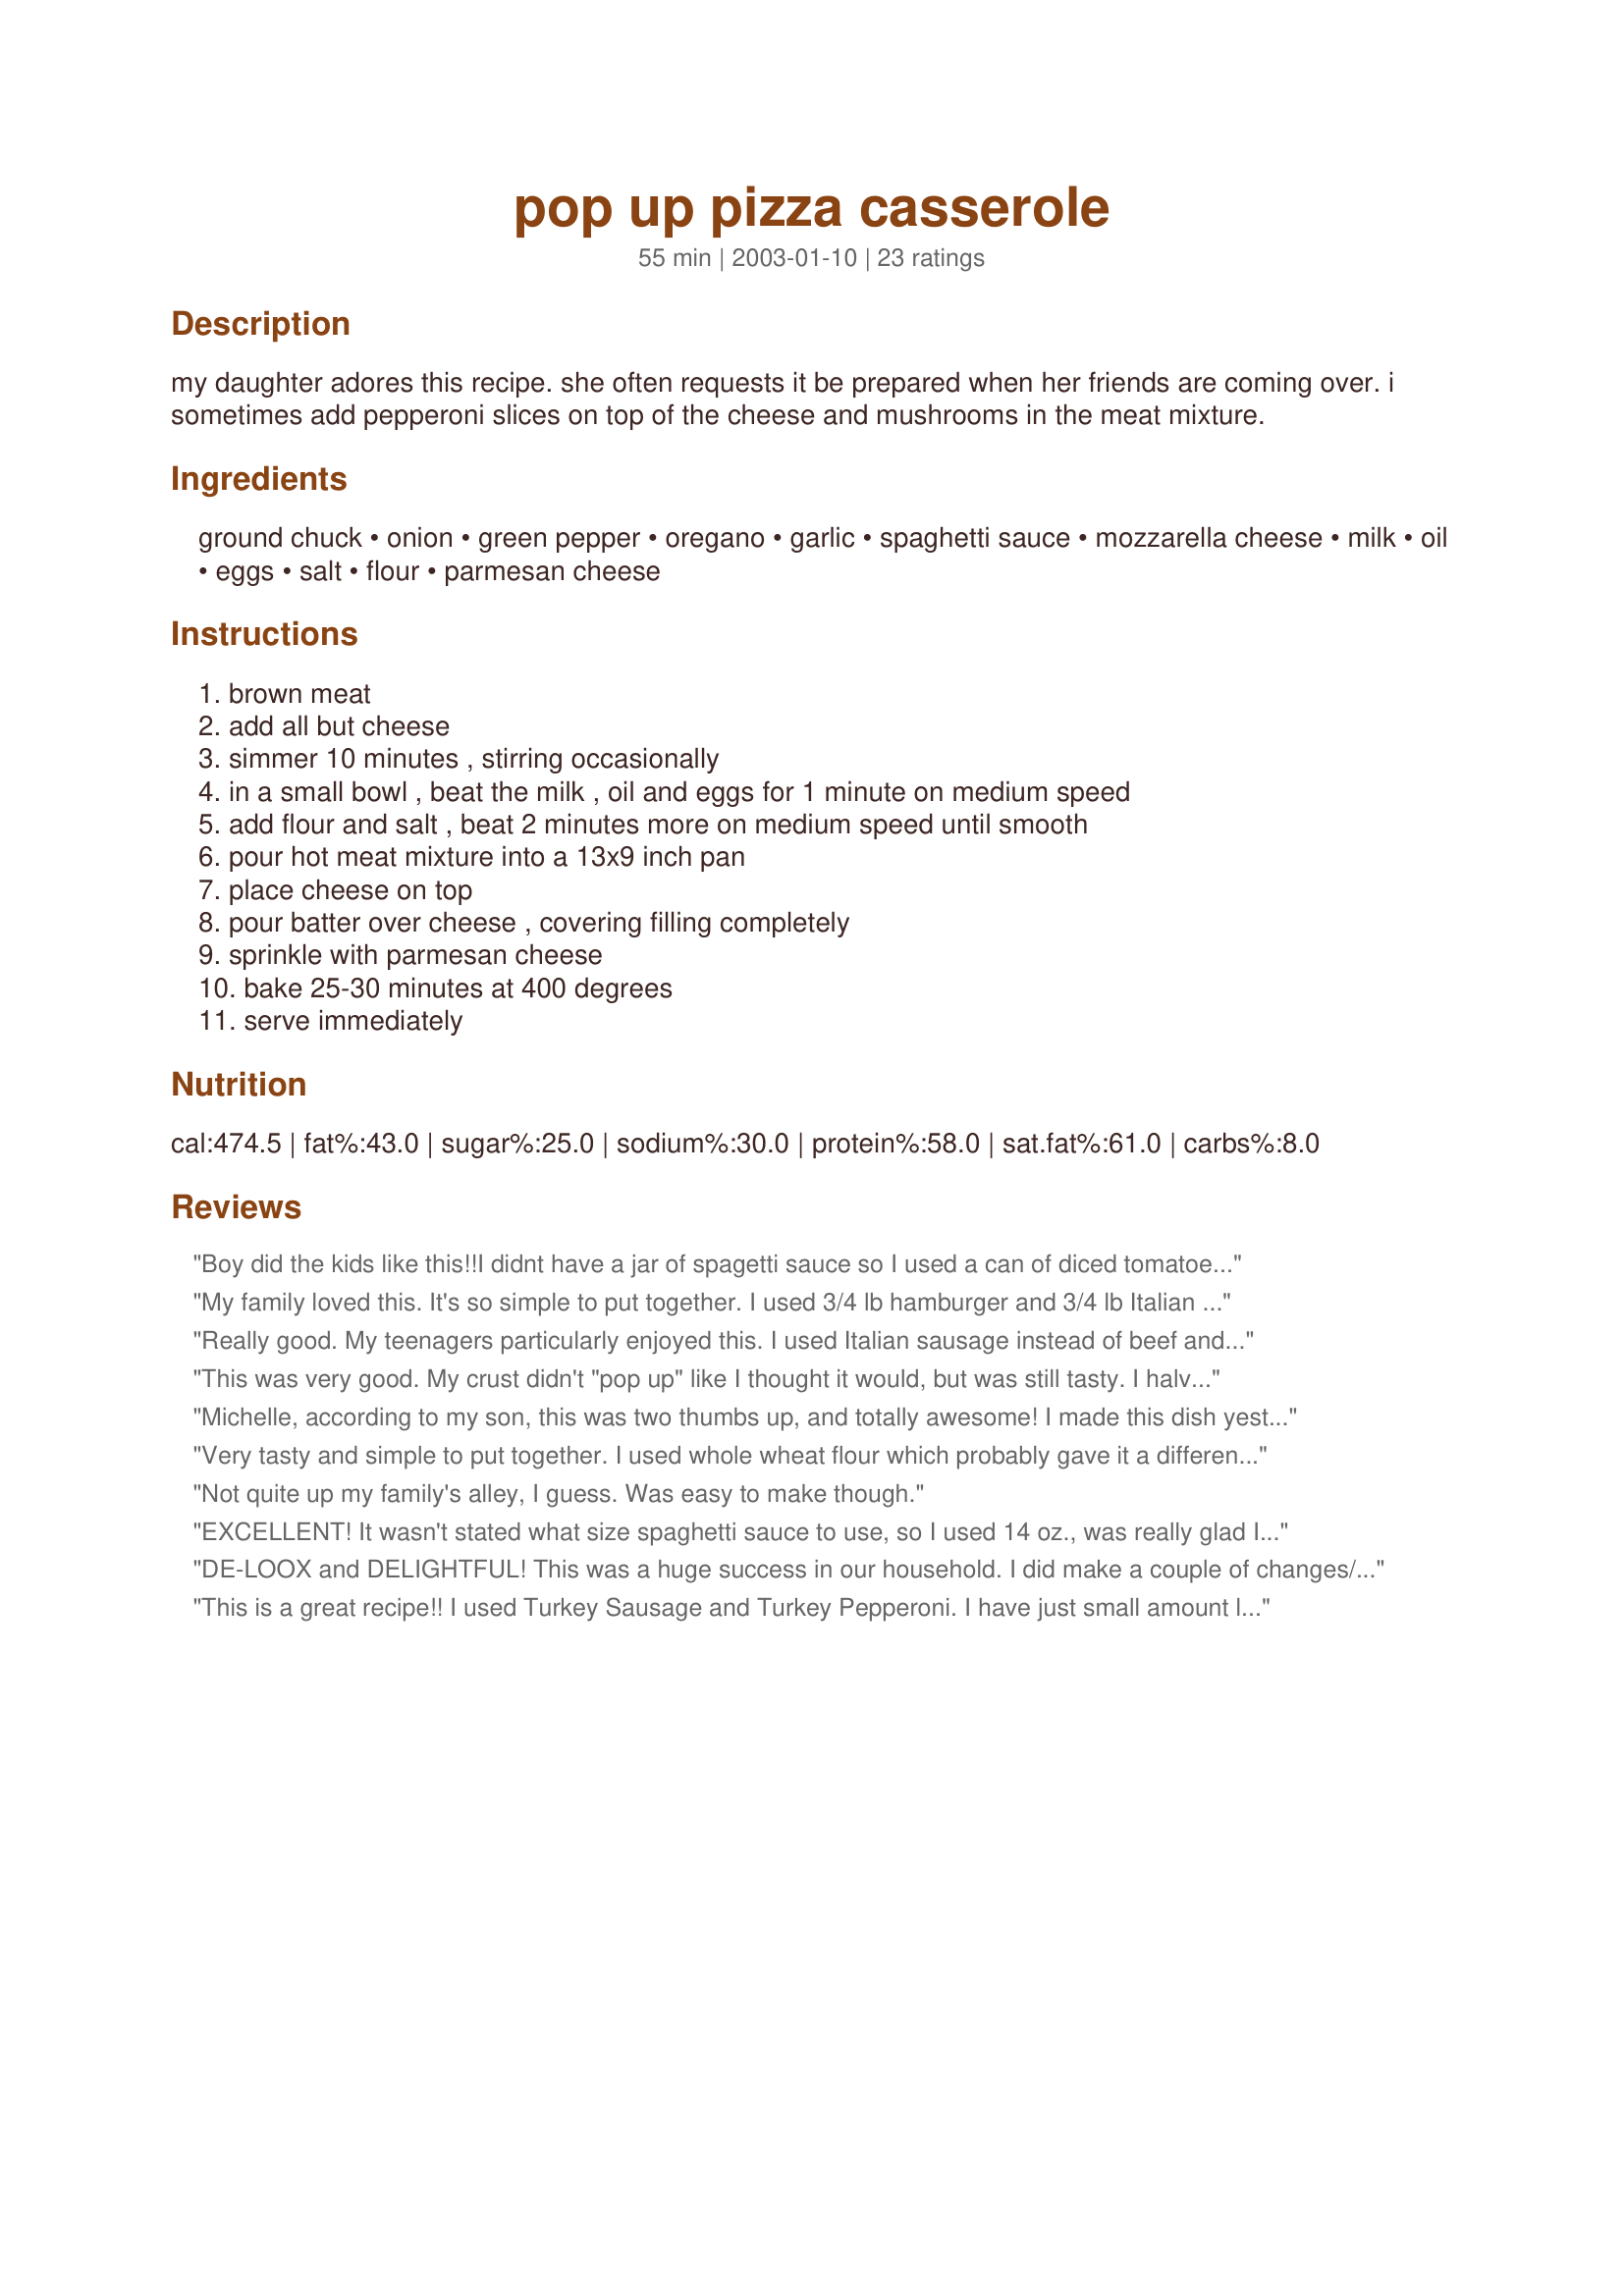
pop up pizza casserole
Preparation time: 55 minutes

my daughter adores this recipe. she often requests it be prepared when her friends are coming over. i sometimes add pepperoni slices on top of the cheese and mushrooms in the meat mixture.

Ingredients:
ground chuck, onion, green pepper, oregano, garlic, spaghetti sauce, mozzarella cheese, milk, oil, eggs, salt, flour, parmesan cheese

Steps:
brown meat, add all but cheese, simmer 10 minutes , stirring occasionally, in a small bowl , beat the milk , oil and eggs for 1 minute on medium speed, add flour and salt , beat 2 minutes more on medium speed until smooth, pour hot meat mixture into a 13x9 inch pan, place cheese on top, pour batter over cheese , covering filling completely, sprinkle with parmesan cheese, bake 25-30 minutes at 400 degrees, serve immediately

Reviews:
Boy did the kids like this!!I didnt have a jar of spagetti sauce so I used a can of diced tomatoes and a 2 small jars of tomato sauce and just a little pizza spice.This was a satisfying meal that will be had again!Thanks Michelle!
My family loved this. It's so simple to put together. I used 3/4 lb hamburger and 3/4 lb Italian sausage putting pepperoni on top of the batter, then sprinkled with parmesan. Next time I will add mushrooms, green peppers. Makes a very tasty meal. A definate crowd pleaser. Thanks for a terrific reciepe!
Really good. My teenagers particularly enjoyed this. I used Italian sausage instead of beef and added a little pepperoni I had. The topping is excellent.
This was very good. My crust didn't "pop up" like I thought it would, but was still tasty. I halved the recipe and baked it in a square dish. My usually 2 picky kids each ate one serving and said it was "OK", but I (the chef) thought it was better, especially knowing how easy it was to put together.
Michelle, according to my son, this was two thumbs up, and totally awesome! I made this dish yesterday for my son to take home with him. I used half ground beef and half ground veal, added some mushroom and way more garlic than called for, also a couple of tablespoons of grated Parmesan cheese. I added some hot pepper sauce to the ground beef mixture also. For the popover batter I added 1/2 tsp cayenne pepper, and made it with half and half cream instead of milk. This is a great casserole and very versatile. I'll be making this again. Thanks for sharing....Kittencal:)
Very tasty and simple to put together. I used whole wheat flour which probably gave it a different taste than the original, but all in all, my family devoured this. I added the mushrooms and pepperoni, and used provolone versus the mozzarella. Way to go, Michelle!
Not quite up my family's alley, I guess. Was easy to make though.
EXCELLENT! It wasn't stated what size spaghetti sauce to use, so I used 14 oz., was really glad I didn't use one larger. Got distracted w/my DS's and used mozzarella instead of parmesan. Had great results it cut and was served 'cleanly' not at all soupy. It was just a little to mild for my taste so added crushed red pepper for my DH and DS's nothing extra added and they loved it. 
Thank You-Michelle S.!
DE-LOOX and DELIGHTFUL! This was a huge success in our household. I did make a couple of changes/additions though. I used 2 8 oz. cans of pizza sauce in place of the spaghetti sauce,(Pasdorelli's sauce - my fave) and added mushrooms, additional oregano, basil and fennel. The El Gordo ate 5 pieces!
 He also suggested that the meat filling would make a great Sloppy Joe-type filling for the summer when we don't want to run the oven.
Thanks for this keeper.
This is a great recipe!! I used Turkey Sausage and Turkey Pepperoni. I have just small amount left over for lunch today. I will make this over and over and over.
I am rating this on behalf of my family because I'm on the SBD so couldn't have any. They loved it and I know it will be asked for several times. Great easy recipe. Thanks Michelle. ML
Excellent recipe....the only thing I did different was to omit the green pepper. Thank you........
Easy to make but my crust turned out strange....bubbled up really high in some places, stayed undercooked in others. Could have been my oven. We all liked the taste, though!
The family loved this! Very easy for a weeknight meal. Scaled the recipe down to use one pound of ground beef and baked in an 11x7 pan. Thanks for sharing the recipe!
This was pretty good. I needed something quick and easy for company that was coming over for dinner and they dont like any type of meat besides ground beef. So this is what I made, and the loved it. My son kept calling it Cheeza, and wanted 3rds!!! Thanks for a good quick meal!
YUMMMMMMMY! What a great quick and easy dish. Instead of ground beef I used spicy turkey sausage. I will omit the pepper next time, a little too over powering. I separately sauteed the onion with some chopped mushrooms and then added that combo to the meat mixture. I also mixed in some turkey pepperoni, as well. Absolutley fantastic and the little bit of leftovers that made it to the next day were even better!
Very easy and good tasting. I added a little basil and parsley.
This was pretty good! I used reduced fat italian sausage instead of the hamburger. My DH and I both agreed that it was too salty. I think next time I will skip the salt in the batter, and look for a low sodium pizza sauce.
This was EXCELLENT! My husband made this and it was a big hit in our house. Thank you for sharing this recipe!
I made this last night for my kids and they all went nuts. They ate every last bit of it!!! I guess that would mean that they liked it. My dd#1 wants it on a weekly basis. This was a real winner in my house...Thanks Michelle!!!!
Michelle, my kids loved this. I did make a few slight additions. I used 1 t. minced garlic, 1 t. dried oregano, and added salt and pepper to the meat mixture. I think next time I will do as you suggested and add pepperoni and mushrooms. This made a great weeknight easy to make meal Thanks.
This was really easy and quick to make. I added pepperoni. It didnt go over well with my husband or daughter. But I really liked it!
this was just so good my son and his friend just inhaled it. the only reason i gave it a 4 is because i added some garlic powder to the meat mix,i always add garlic powder to every hamburger dish. i used a small 14 ounce jar of spaghetti sauce as another poster did, and it was the just the right amount.i didn't know if i should have used self-rising flour or plain,so i used the self -rising and it worked just fine.this will be a repeat at my home.thank you so much.
